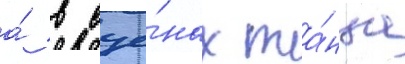
а́ в сце́нах та́нца